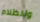
والظلام